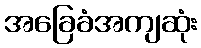
အခြေခံအကျဆုံး